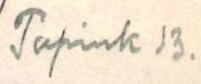
Tapink 13.